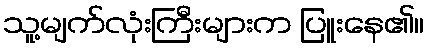
သူ့မျက်လုံးကြီးများက ပြူးနေ၏။